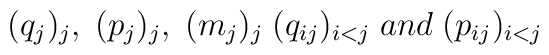
(q_j)_j,\; (p_j)_j,\; (m_j)_j\; (q_{ij})_{i<j}\;and \;(p_{ij})_{i<j}\;